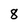
Character: 8